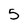
Character: 5